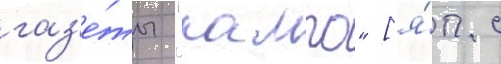
газ'е́ты "кампо" [я́п. с